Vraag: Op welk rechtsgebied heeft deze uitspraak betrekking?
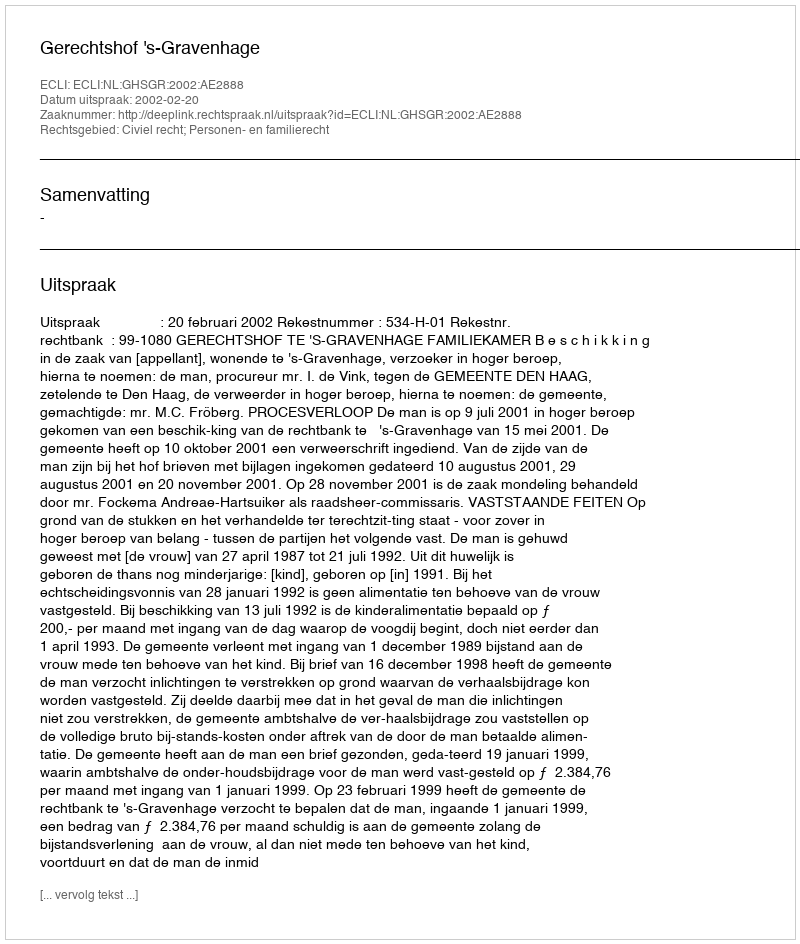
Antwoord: Civiel recht; Personen- en familierecht